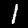
Digit: 1